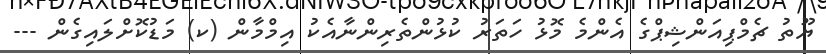
ޔޫތު ޗެމްޕިއަންޝިޕްގެ އެންމެ މޮޅު ހަތަރު ކުޅުންތެރިންނާއެކު އިމްމާން (ކ) މަޑުކޮށްލައިގެން ---